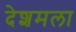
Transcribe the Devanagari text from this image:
देशमला